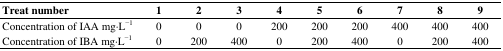
<table><thead><tr><td><b>Treat number</b></td><td><b>1</b></td><td><b>2</b></td><td><b>3</b></td><td><b>4</b></td><td><b>5</b></td><td><b>6</b></td><td><b>7</b></td><td><b>8</b></td><td><b>9</b></td></tr></thead><tbody><tr><td>Concentration of IAA mg·L<sup>−1</sup></td><td>0</td><td>0</td><td>0</td><td>200</td><td>200</td><td>200</td><td>400</td><td>400</td><td>400</td></tr><tr><td>Concentration of IBA mg·L<sup>−1</sup></td><td>0</td><td>200</td><td>400</td><td>0</td><td>200</td><td>400</td><td>0</td><td>200</td><td>400</td></tr></tbody></table>